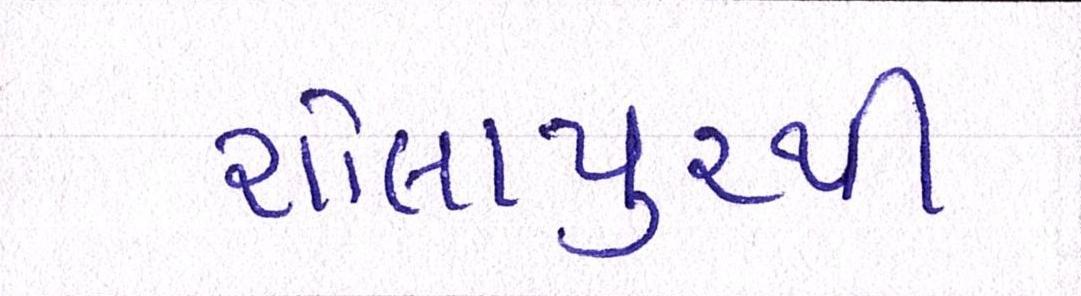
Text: શોલાપુરથી